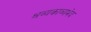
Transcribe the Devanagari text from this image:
श्रव्यकाव्यभेद